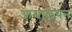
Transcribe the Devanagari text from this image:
आश्वालयन